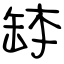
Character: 缽